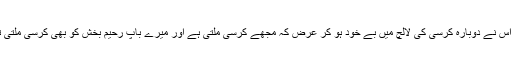
پھر اس نے دوبارہ کرسی کی لالچ میں بے خود ہو کر عرض کہ مجھے کرسی ملتی ہے اور میرے باپ رحیم بخش کو بھی کرسی ملتی تھی۔